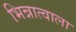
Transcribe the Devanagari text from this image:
भिन्नात्वाला